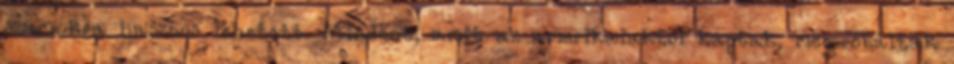
számukra hasznos lehetett. Mindent, amit az amerikaiaktól kaptak, megpróbálták